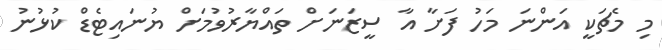
މި މެޗަކީ އަންނަ މަހު ފަށާ އާ ސީޒަނަށް ތައްޔާރުވުމަށް ޔުނައިޓެޑް ކުޅުނު